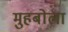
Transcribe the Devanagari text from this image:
मुहबोला